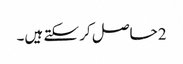
2 حاصل کر سکتے ہیں۔